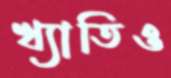
খ্যাতিও